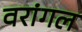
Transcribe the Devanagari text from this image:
वरांगल